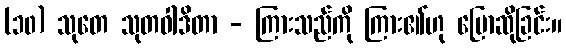
(၁၀) သုတေ သုတဝါဒိတာ - ကြားသည်ကို ကြား၏ဟု ပြောဆိုခြင်း။